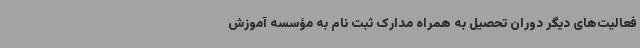
فعالیت‌های دیگر دوران تحصیل به همراه مدارک ثبت نام به مؤسسه آموزش